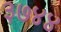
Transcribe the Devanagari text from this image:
३७४४